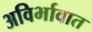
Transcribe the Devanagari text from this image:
अविर्भावात